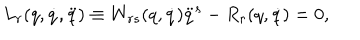
L _ { r } ( q , \dot { q } , \ddot { q } ) \equiv W _ { r s } ( q , \dot { q } ) \ddot { q } ^ { s } - R _ { r } ( q , \dot { q } ) = 0 ,